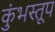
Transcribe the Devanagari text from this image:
कुंभस्तूप